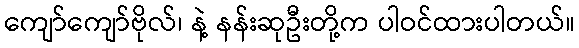
ကျော်ကျော်ဗိုလ်၊ နဲ့ နန်းဆုဦးတို့က ပါဝင်ထားပါတယ်။